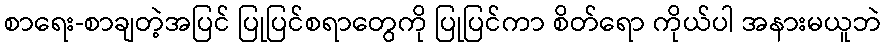
စာရေး-စာချတဲ့အပြင် ပြုပြင်စရာတွေကို ပြုပြင်ကာ စိတ်ရော ကိုယ်ပါ အနားမယူဘဲ